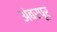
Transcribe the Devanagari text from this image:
अंबरपूर